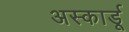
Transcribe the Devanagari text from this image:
अस्कार्डू